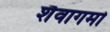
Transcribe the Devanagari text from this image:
शैवागमो